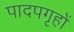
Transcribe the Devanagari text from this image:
पादपगृहों